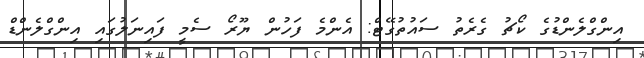
އިންގްލެންޑުގެ ކޯޗު ގެރެތު ސައުތުގޭޓް: އެންމެ ފަހުން ޔޫރޯ ސެމީ ފައިނަލުގައި އިންގްލެންޑް